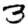
Digit: 3